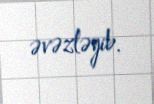
əvəzləyib.